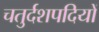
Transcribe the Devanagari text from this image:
चतुर्दशपदियों